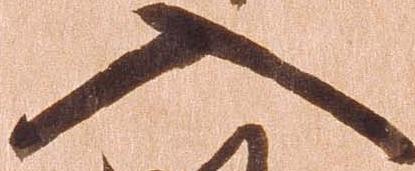
入